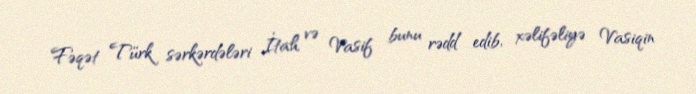
Fəqət Türk sərkərdələri İtah və Vasif bunu rədd edib, xəlifəliyə Vasiqin